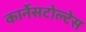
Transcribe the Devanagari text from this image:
कार्नेसटोल्टेस